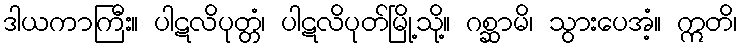
ဒါယကာကြီး။ ပါဋလိပုတ္တံ၊ ပါဋလိပုတ်မြို့သို့။ ဂစ္ဆာမိ၊ သွားပေအံ့။ ဣတိ၊